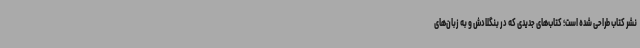
نشر کتاب طراحی شده است؛ کتاب‌های جدیدی که در بنگلادش و به زبان‌های